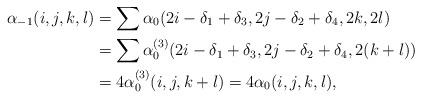
LaTeX: \begin{align*}\alpha_{-1}(i,j,k,l)&= \sum \alpha_0(2i-\delta_1+\delta_3, 2j-\delta_2+\delta_4, 2k,2l) \\&= \sum \alpha_0^{(3)}(2i-\delta_1+\delta_3, 2j-\delta_2+\delta_4, 2(k+l)) \\&= 4\alpha_0^{(3)}(i,j,k+l) = 4\alpha_0(i,j,k,l),\end{align*}